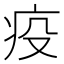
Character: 疫